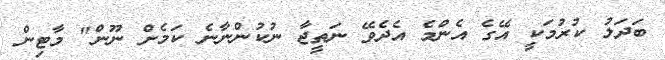
ބަދަލު ކުރުމަކީ އޭގެ އެންމެ އެދެވޭ ނަތީޖާ ނުކުންނާނެ ކަމެށް ނޫން" މާޓިން